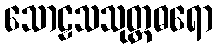
သောဠသသုတ္တဓရော